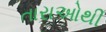
તારાઓથી